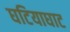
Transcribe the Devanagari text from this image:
घटियाघाट